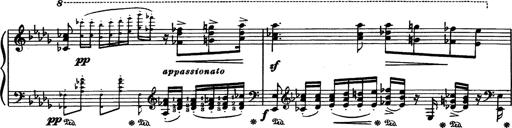
Title: Paraphrase de concert sur Rigoletto
Composer: Franz Liszt